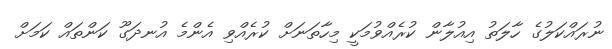
ނުރައްކަލުގެ ހާލަތު އިއުލާން ކުރެއްވުމަކީ މިހާތަނަށް ކުރެއްވި އެންމެ އުނދަގޫ ކަންތައް ކަމަށް